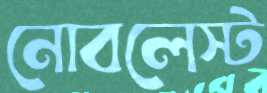
নোবলেস্ট